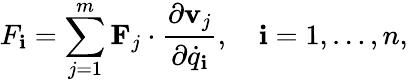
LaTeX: F_{\mathbf{i}}=\sum_{j=1}^{m}\mathbf{{F}}_{j}\cdot{\frac{{\partial\mathbf{{v}}_{j}}}{{\partial{\dot{{q}}}_{\mathbf{i}}}}},\quad\mathbf{i}=1,\ldots,n,